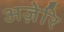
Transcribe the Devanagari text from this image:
अज़ेरि